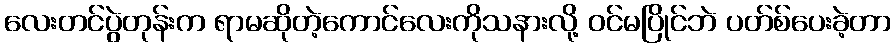
လေးတင်ပွဲတုန်းက ရာမဆိုတဲ့ကောင်လေးကိုသနားလို့ ဝင်မပြိုင်ဘဲ ပတ်စ်ပေးခဲ့တာ